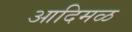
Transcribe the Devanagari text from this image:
आदिमळ